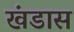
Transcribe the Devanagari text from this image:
खंडास